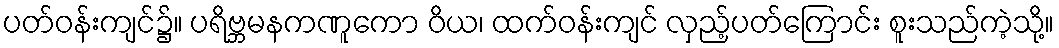
ပတ်ဝန်းကျင်၌။ ပရိဗ္ဘမနကဏူကော ဝိယ၊ ထက်ဝန်းကျင် လှည့်ပတ်ကြောင်း စူးသည်ကဲ့သို့။